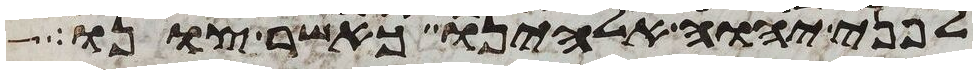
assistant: לפני יהוה אלהינו כאשר צונו